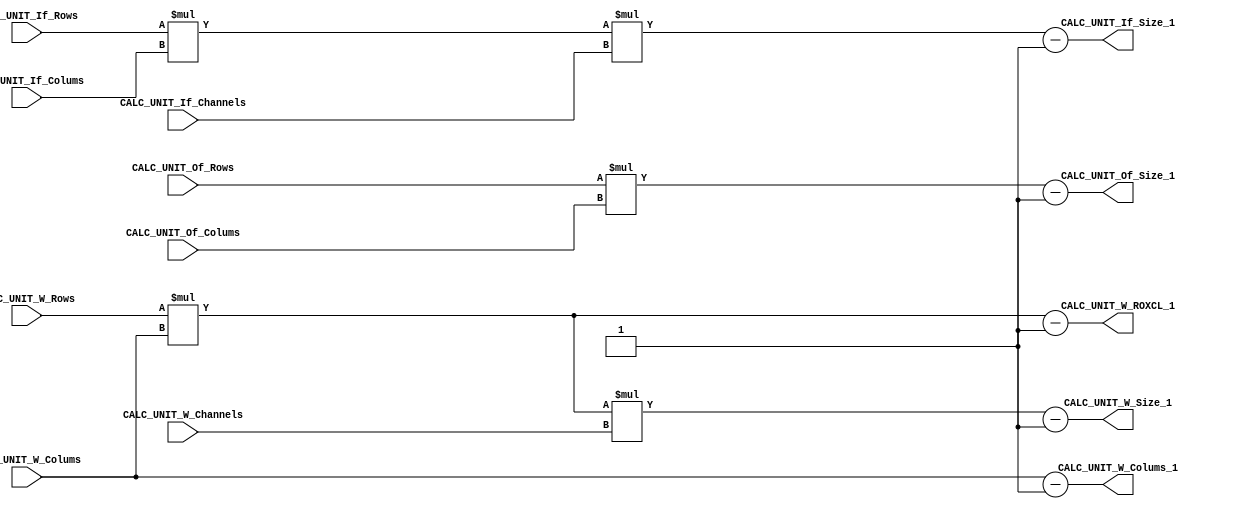
/*#########################################################################
//# Calc unit
//#########################################################################
//#
//# Copyright (C) 2021 Jose Maria Jaramillo Hoyos 
//# 
//# This program is free software: you can redistribute it and/or modify
//# it under the terms of the GNU General Public License as published by
//# the Free Software Foundation, either version 3 of the License, or
//# (at your option) any later version.
//#
//# This program is distributed in the hope that it will be useful,
//# but WITHOUT ANY WARRANTY; without even the implied warranty of
//# MERCHANTABILITY or FITNESS FOR A PARTICULAR PURPOSE.  See the
//# GNU General Public License for more details.
//#
//# You should have received a copy of the GNU General Public License
//# along with this program.  If not, see <https://www.gnu.org/licenses/>.
//#
//########################################################################*/

module CALC_UNIT #(parameter BITWIDTH_MAX_IF_SIZE= 22, BITWIDTH_MAX_W_SIZE=9, BITWIDTH_IF_ROWS=10, BITWIDTH_IF_COLUMS=11, BITWIDTH_IF_CHANNELS=2, BITWIDTH_W_ROWS=4, BITWIDTH_W_COLUMS=4, BITWIDTH_STRIDE=4 )(

//////////// INPUTS //////////
CALC_UNIT_If_Rows,
CALC_UNIT_If_Colums,
CALC_UNIT_If_Channels,
CALC_UNIT_Of_Rows,
CALC_UNIT_Of_Colums,
CALC_UNIT_W_Rows,
CALC_UNIT_W_Colums,
CALC_UNIT_W_Channels,

//////////// OUTPUTS //////////
CALC_UNIT_W_Size_1,
CALC_UNIT_If_Size_1,
CALC_UNIT_Of_Size_1,
CALC_UNIT_W_ROXCL_1,
CALC_UNIT_W_Colums_1

);


//=======================================================
//  Parameter declarations
//=======================================================

input [BITWIDTH_IF_ROWS-1:0] CALC_UNIT_If_Rows;
input [BITWIDTH_IF_COLUMS-1:0] CALC_UNIT_If_Colums;
input [BITWIDTH_IF_CHANNELS-1:0] CALC_UNIT_If_Channels;
input [BITWIDTH_IF_ROWS-1:0] CALC_UNIT_Of_Rows;
input [BITWIDTH_IF_COLUMS-1:0] CALC_UNIT_Of_Colums;
input [BITWIDTH_W_ROWS-1:0] CALC_UNIT_W_Rows;
input [BITWIDTH_W_COLUMS-1:0] CALC_UNIT_W_Colums;
input	[BITWIDTH_IF_CHANNELS-1:0] CALC_UNIT_W_Channels;

output [BITWIDTH_MAX_IF_SIZE-1:0] CALC_UNIT_If_Size_1;
output [BITWIDTH_MAX_W_SIZE-1:0] CALC_UNIT_W_Size_1;
output [BITWIDTH_MAX_IF_SIZE-1:0] CALC_UNIT_Of_Size_1;
output [BITWIDTH_MAX_W_SIZE-1:0] CALC_UNIT_W_ROXCL_1;
output [BITWIDTH_W_COLUMS-1:0] CALC_UNIT_W_Colums_1;

//=======================================================
//  REG/WIRE DECLARATIONS
//=======================================================

reg [BITWIDTH_MAX_IF_SIZE-1:0] If_Size_1; 
reg [BITWIDTH_MAX_W_SIZE-1:0] W_size_1;
reg [BITWIDTH_MAX_IF_SIZE-1:0] Of_Size_1;
reg [BITWIDTH_MAX_W_SIZE-1:0] W_ROXCL_1;
reg [BITWIDTH_W_ROWS-1:0] W_Colums_1;


//=======================================================
//  COMBINATIONAL LOGIC
//=======================================================

always@(*)
begin
	If_Size_1= (CALC_UNIT_If_Rows*CALC_UNIT_If_Colums*CALC_UNIT_If_Channels) -1'b1;
	W_size_1= (CALC_UNIT_W_Rows*CALC_UNIT_W_Colums*CALC_UNIT_W_Channels) -1'b1;
	W_ROXCL_1= (CALC_UNIT_W_Rows*CALC_UNIT_W_Colums) -1'b1;
	W_Colums_1=CALC_UNIT_W_Colums-1'b1;
	Of_Size_1= (CALC_UNIT_Of_Rows*CALC_UNIT_Of_Colums) -1'b1;
end

//=======================================================
// COMBINATIONAL OUTPUT LOGIC
//=======================================================

assign CALC_UNIT_If_Size_1=If_Size_1;
assign CALC_UNIT_W_Size_1=W_size_1;
assign CALC_UNIT_W_ROXCL_1=W_ROXCL_1;
assign CALC_UNIT_W_Colums_1=W_Colums_1;
assign CALC_UNIT_Of_Size_1=Of_Size_1;

endmodule